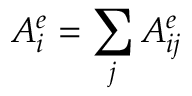
A _ { i } ^ { e } = \sum _ { j } A _ { i j } ^ { e }